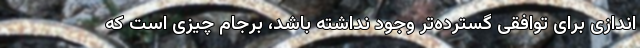
‌اندازی برای توافقی گسترده‌تر وجود نداشته باشد، برجام چیزی است که